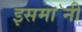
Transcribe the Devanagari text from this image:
इसमा॓नी